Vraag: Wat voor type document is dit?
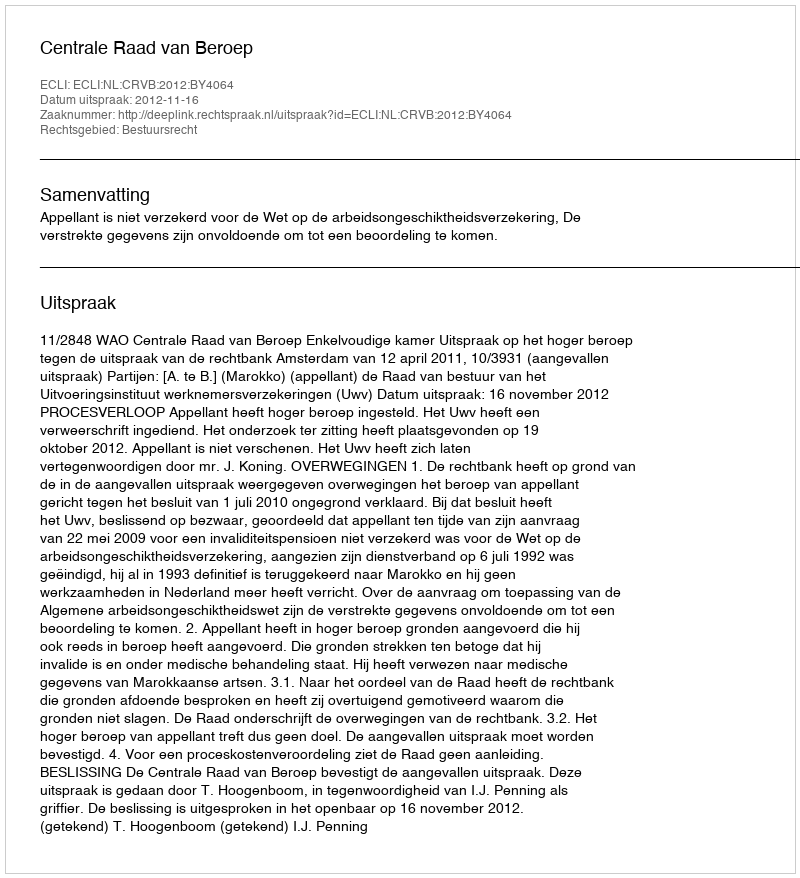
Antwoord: Uitspraak